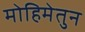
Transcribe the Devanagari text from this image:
मोहिमेतुन